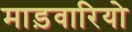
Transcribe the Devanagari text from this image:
माड़वारियो